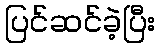
ပြင်ဆင်ခဲ့ပြီး